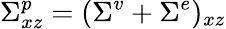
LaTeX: \Sigma_{xz}^{p}=(\Sigma^{v}+\Sigma^{e})_{xz}